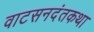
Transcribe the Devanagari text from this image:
वाटसनदंतकथा